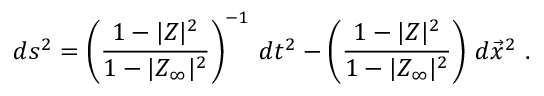
d s ^ { 2 } = \left( { \frac { 1 - | Z | ^ { 2 } } { 1 - | Z _ { \infty } | ^ { 2 } } } \right) ^ { - 1 } \, d t ^ { 2 } - \left( { \frac { 1 - | Z | ^ { 2 } } { 1 - | Z _ { \infty } | ^ { 2 } } } \right) \, d \vec { x } ^ { 2 } \ .